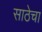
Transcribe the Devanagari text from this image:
साठेचा